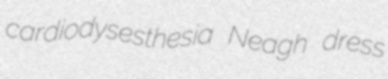
cardiodysesthesia Neagh dress